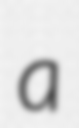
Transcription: a